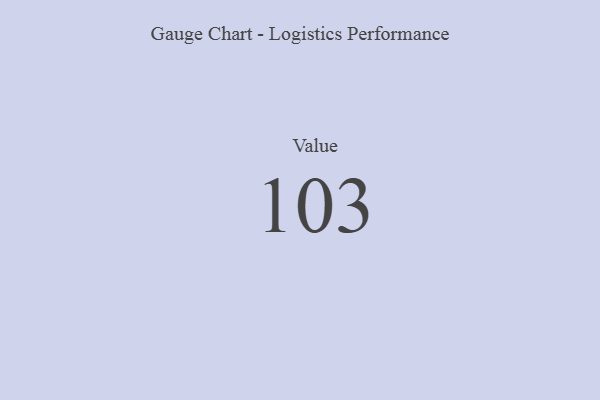
{"axis": {"x": "Metric", "y": "Value"}, "legend": [""], "data": [{"x": "Value", "y": 103, "type": ""}]}